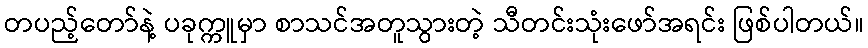
တပည့်တော်နဲ့ ပခုက္ကူမှာ စာသင်အတူသွားတဲ့ သီတင်းသုံးဖော်အရင်း ဖြစ်ပါတယ်။